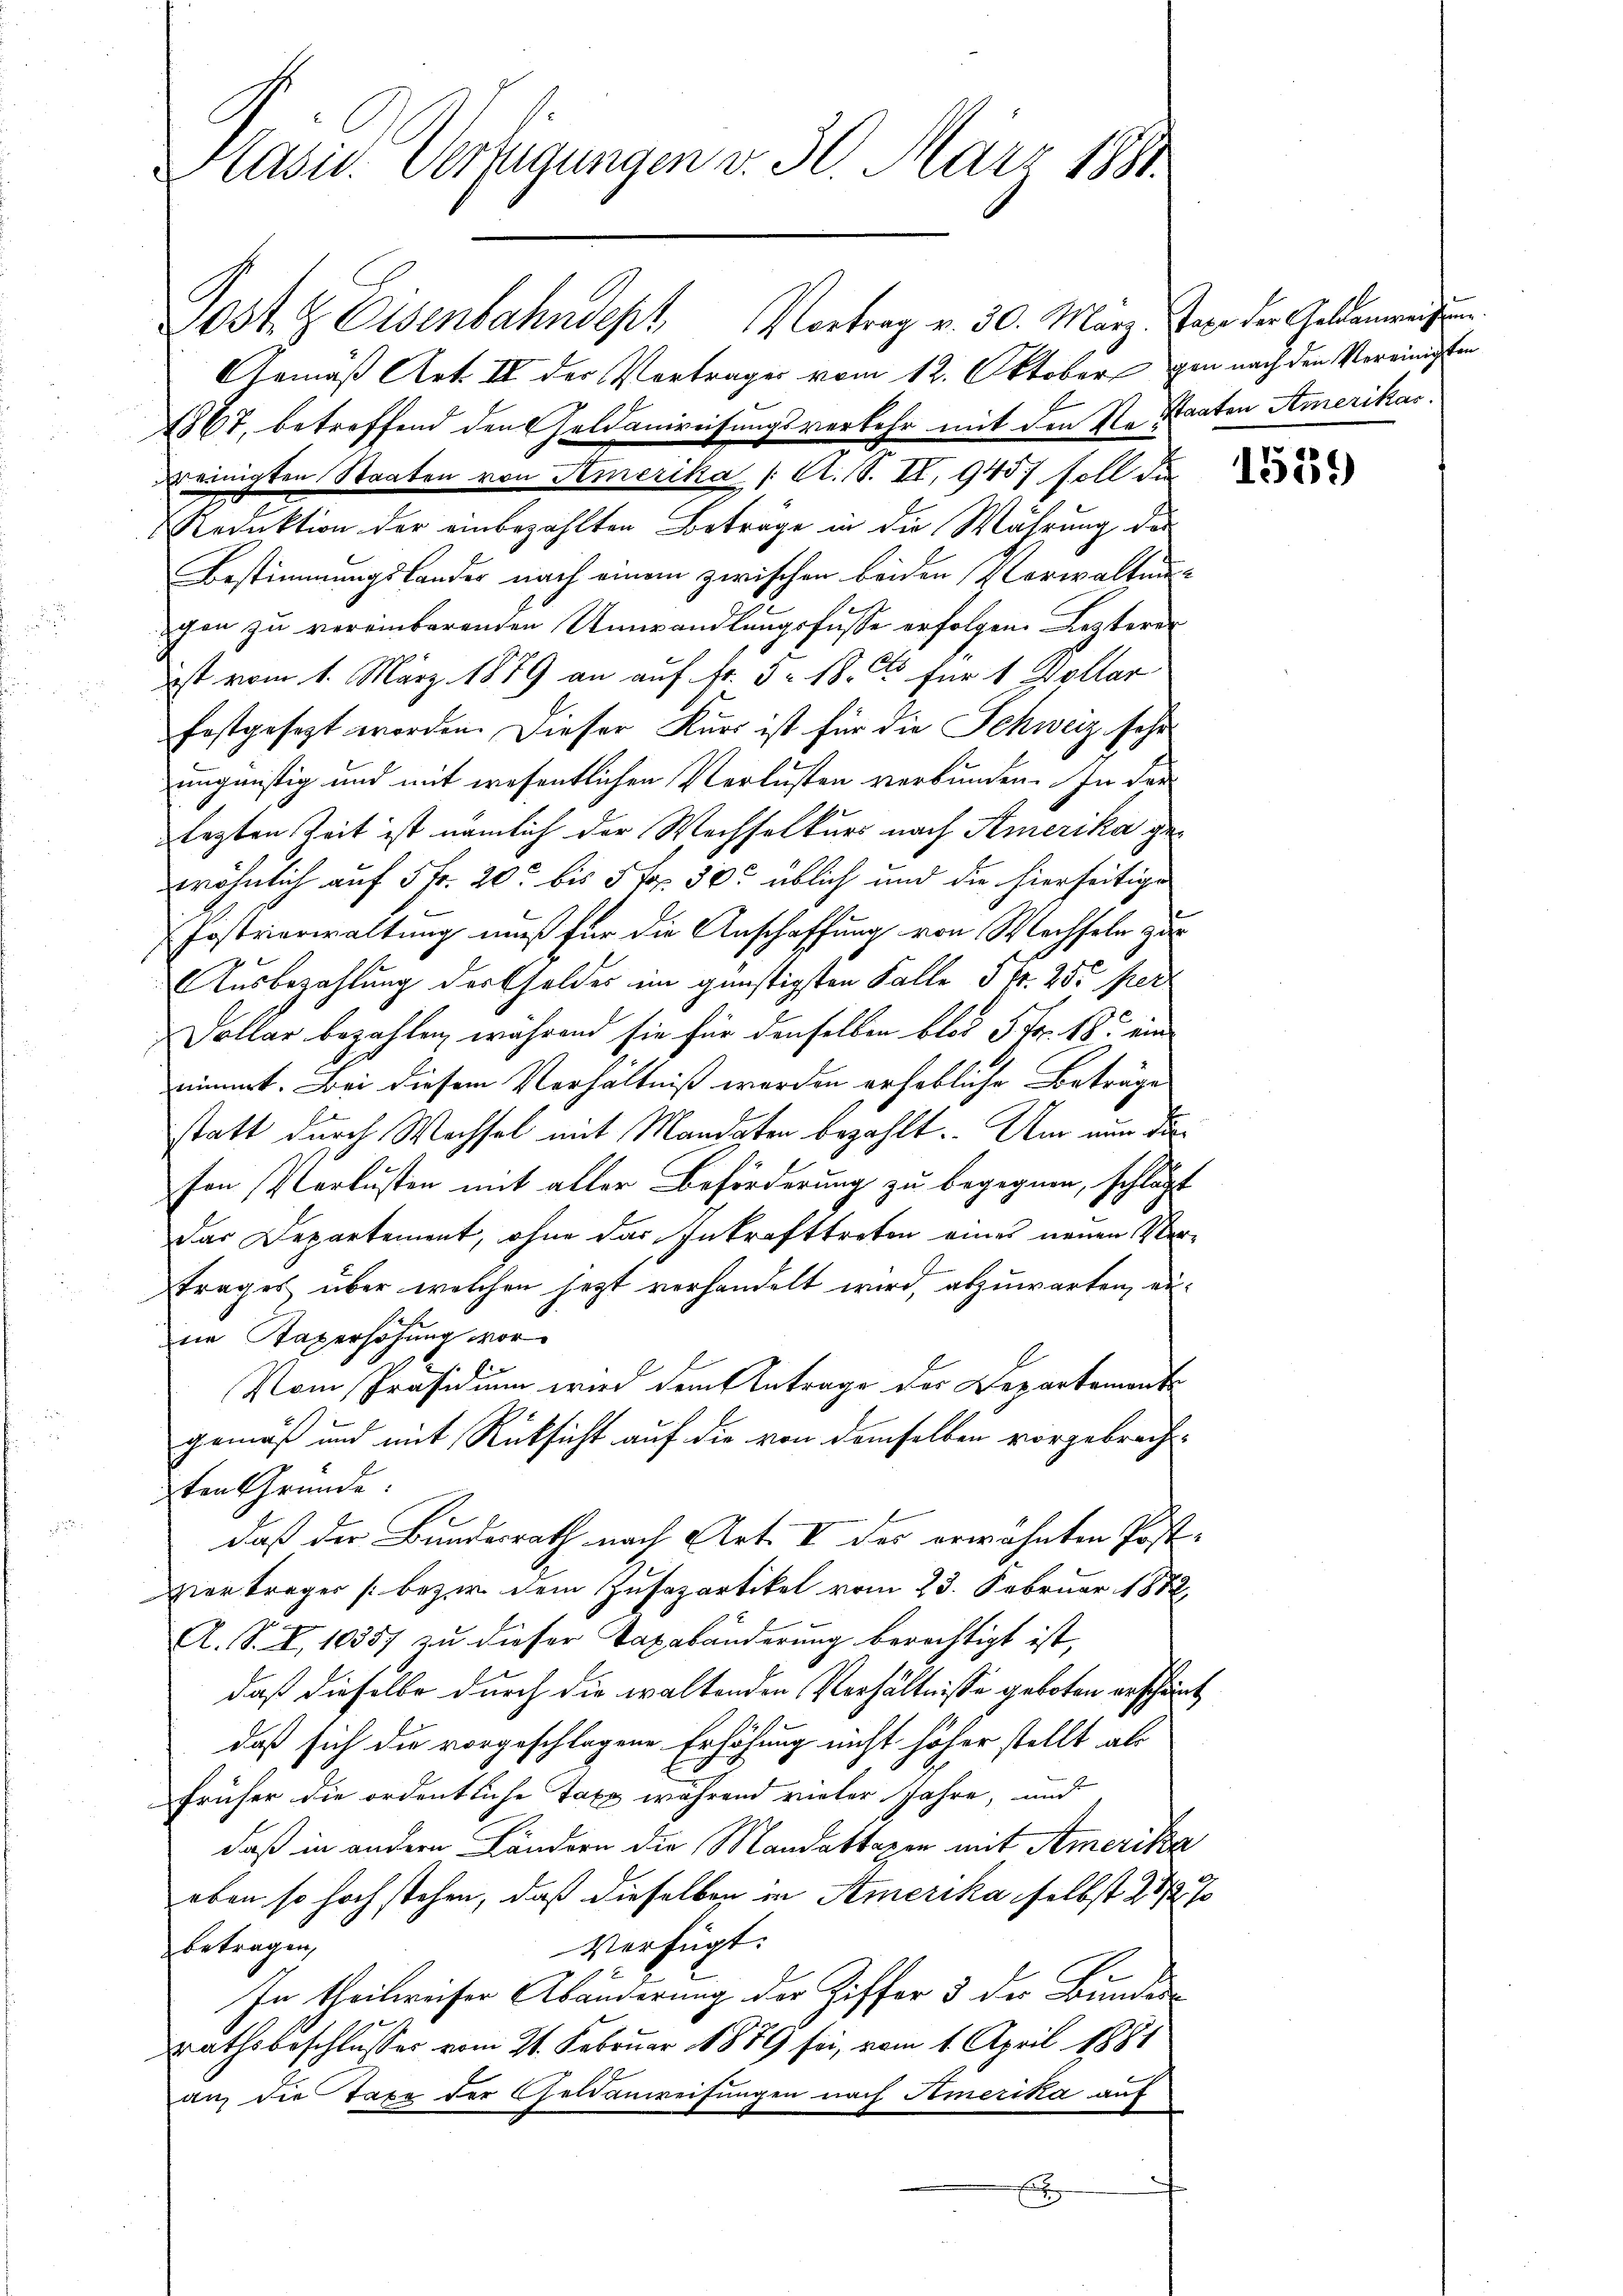
Pläsil. Verfügungen v. 30. März 1891

Post & Eisenbahndept Vortrag v. 30. März an der Geldenwesen.
Reduktion der einbezahlten Beträge in die Währung die
Bestimmungslander nach einem zwischen beiden Verwaltung
gen zu vereinbarenden Umwandlungsfüsse erfolgen. Lezterer
ist vom 1. März 1879 an auf Fr. 5. 18. für 1 Dollar
festgesezt worden. Dieser Kurs ist für die Schweiz sehr
ungünstig und mit wesentlichen Verlusten verbunden. In der
legten Zeit ist nämlich der Wechselkurs nach Amerika gewöhnlich auf 5 fr. 20. bis 5 fr. 30t üblich und die hierseitige
Fostrierwaltung muß für die Anschaffung von Wechseln zur
Ausbezahlung der Feldes im günstigsten Falle Fr. 255 per
Dollar bezahlen, während sie für denselben blos 5 Fr. 18. ein
nimmt. Bei diesem Verhältniß werden erhebliche Beträge
statt durch Wachsel mit Mandaten bezahlt. Um nun die
fon Verlusten mit aller Beförderung zu begegnen, schlägt
das Departement, ohne das Inkrafttreten eines neuen Vertrages über welchen jezt verhandelt wird, abzuwarten, eine Taperhöhung vor
Vom Präsidium wird dem Antrage des Departements
gemäß und mit Rücksicht auf die von demselben vorgebrach-
ten Gründe.
daß der Bundesrath nach Art. V des erwähnten Post-
zier träger (bezir dem Zusazartikel vom 23. Februar 1882
A. S. X. 10357 zu dieser Taxabänderung berechtigt ist,
daß dieselbe durch die waltenden Verhältnisse geboten erscheint
daß sich die vorgeschlagene Erhöhung nicht höher stellt als
früher die ordentliche Taxe während vieler Jahre, und
daß in andern Ländern die Mandattaxen mit Amerika
oben so hoch stehen, daß dieselben in Amerika selbst 2 1/2 %
Verfügt:
betragen,
In theilweiser Abänderung der Ziffer 5 der Bundesrathsbeschlusser vom 21. Februar 1889 sei, vom 1. April 1881
an die Taxe der Geldanweisungen nach Amerika auf
E

Gemäß Art. II der Vertrages vom 12. Oktober gen nach den Vereinigten
1867, betreffend den Geldanweisungsverkehr mit den Re- Staaten Amerikar
einigten Staaten von Amerika /: A. S. II. 945 soll de

1559